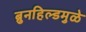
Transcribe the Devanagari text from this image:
ब्रुनहिल्डमुळे